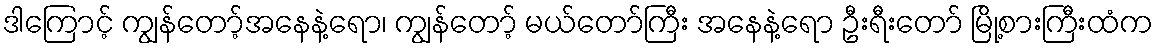
ဒါကြောင့် ကျွန်တော့်အနေနဲ့ရော၊ ကျွန်တော့် မယ်တော်ကြီး အနေနဲ့ရော ဦးရီးတော် မြို့စားကြီးထံက